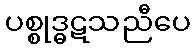
ပစ္စုဒ္ဓဋသညီပေ